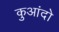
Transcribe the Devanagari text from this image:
कुआंदो